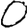
Digit: 0